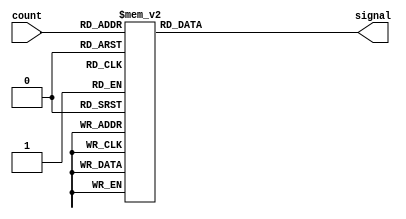
module memory(
  input [7:0] count,
  output reg [23:0] signal 
);

always @(count) begin
  case (count)
    //sacar del py
8'b00000000: signal = 24'b011111010000000010000000;
8'b00000001: signal = 24'b011111110000000010000011;
8'b00000010: signal = 24'b100000010000000010000110;
8'b00000011: signal = 24'b100000110000000010001001;
8'b00000100: signal = 24'b100001010000000010001100;
8'b00000101: signal = 24'b100001110000000010001111;
8'b00000110: signal = 24'b100010010000000010010010;
8'b00000111: signal = 24'b100010110000000010010101;
8'b00001000: signal = 24'b100011010000000010011001;
8'b00001001: signal = 24'b100011110000000010011100;
8'b00001010: signal = 24'b100100010000000010011111;
8'b00001011: signal = 24'b100100110000000010100010;
8'b00001100: signal = 24'b100101010000000010100101;
8'b00001101: signal = 24'b100101110000000010101000;
8'b00001110: signal = 24'b100110010000000010101011;
8'b00001111: signal = 24'b100110110000000010101110;
8'b00010000: signal = 24'b100111010000000010110001;
8'b00010001: signal = 24'b100111110000000010110100;
8'b00010010: signal = 24'b101000010000000010110110;
8'b00010011: signal = 24'b101000110000000010111001;
8'b00010100: signal = 24'b101001010000000010111100;
8'b00010101: signal = 24'b101001100000000010111111;
8'b00010110: signal = 24'b101010000000000011000010;
8'b00010111: signal = 24'b101010100000000011000100;
8'b00011000: signal = 24'b101011000000000011000111;
8'b00011001: signal = 24'b101011100000000011001001;
8'b00011010: signal = 24'b101100000000000011001100;
8'b00011011: signal = 24'b101100100000000011001111;
8'b00011100: signal = 24'b101101000000000011010001;
8'b00011101: signal = 24'b101101100000000011010011;
8'b00011110: signal = 24'b101110000000000011010110;
8'b00011111: signal = 24'b101110100000000011011000;
8'b00100000: signal = 24'b101111000000000011011010;
8'b00100001: signal = 24'b101111100000000011011100;
8'b00100010: signal = 24'b110000000000000011011111;
8'b00100011: signal = 24'b110000100000000011100001;
8'b00100100: signal = 24'b110001000000000011100011;
8'b00100101: signal = 24'b110001100000000011100101;
8'b00100110: signal = 24'b110010000000000011100111;
8'b00100111: signal = 24'b110010100000000011101000;
8'b00101000: signal = 24'b110011000000000011101010;
8'b00101001: signal = 24'b110011100000000011101100;
8'b00101010: signal = 24'b110100000000000011101110;
8'b00101011: signal = 24'b110100010000000011101111;
8'b00101100: signal = 24'b110100110000000011110001;
8'b00101101: signal = 24'b110101010000000011110010;
8'b00101110: signal = 24'b110101110000000011110011;
8'b00101111: signal = 24'b110110010000000011110101;
8'b00110000: signal = 24'b110110110000000011110110;
8'b00110001: signal = 24'b110111010000000011110111;
8'b00110010: signal = 24'b110111110000000011111000;
8'b00110011: signal = 24'b111000010000000011111001;
8'b00110100: signal = 24'b111000110000000011111010;
8'b00110101: signal = 24'b111001010000000011111011;
8'b00110110: signal = 24'b111001110000000011111100;
8'b00110111: signal = 24'b111010010000000011111101;
8'b00111000: signal = 24'b111010110000000011111101;
8'b00111001: signal = 24'b111011010000000011111110;
8'b00111010: signal = 24'b111011110000000011111110;
8'b00111011: signal = 24'b111100010000000011111111;
8'b00111100: signal = 24'b111100110000000011111111;
8'b00111101: signal = 24'b111101010000000011111111;
8'b00111110: signal = 24'b111101110000000011111111;
8'b00111111: signal = 24'b111110010000000011111111;
8'b01000000: signal = 24'b111110010000000011111111;
8'b01000001: signal = 24'b111101110000000011111111;
8'b01000010: signal = 24'b111101010000000011111111;
8'b01000011: signal = 24'b111100110000000011111111;
8'b01000100: signal = 24'b111100010000000011111111;
8'b01000101: signal = 24'b111011110000000011111110;
8'b01000110: signal = 24'b111011010000000011111110;
8'b01000111: signal = 24'b111010110000000011111101;
8'b01001000: signal = 24'b111010010000000011111101;
8'b01001001: signal = 24'b111001110000000011111100;
8'b01001010: signal = 24'b111001010000000011111011;
8'b01001011: signal = 24'b111000110000000011111011;
8'b01001100: signal = 24'b111000010000000011111010;
8'b01001101: signal = 24'b110111110000000011111001;
8'b01001110: signal = 24'b110111010000000011111000;
8'b01001111: signal = 24'b110110110000000011110111;
8'b01010000: signal = 24'b110110010000000011110101;
8'b01010001: signal = 24'b110101110000000011110100;
8'b01010010: signal = 24'b110101010000000011110011;
8'b01010011: signal = 24'b110100110000000011110001;
8'b01010100: signal = 24'b110100010000000011110000;
8'b01010101: signal = 24'b110100000000000011101110;
8'b01010110: signal = 24'b110011100000000011101101;
8'b01010111: signal = 24'b110011000000000011101011;
8'b01011000: signal = 24'b110010100000000011101001;
8'b01011001: signal = 24'b110010000000000011101000;
8'b01011010: signal = 24'b110001100000000011100110;
8'b01011011: signal = 24'b110001000000000011100100;
8'b01011100: signal = 24'b110000100000000011100010;
8'b01011101: signal = 24'b110000000000000011100000;
8'b01011110: signal = 24'b101111100000000011011110;
8'b01011111: signal = 24'b101111000000000011011011;
8'b01100000: signal = 24'b101110100000000011011001;
8'b01100001: signal = 24'b101110000000000011010111;
8'b01100010: signal = 24'b101101100000000011010101;
8'b01100011: signal = 24'b101101000000000011010010;
8'b01100100: signal = 24'b101100100000000011010000;
8'b01100101: signal = 24'b101100000000000011001101;
8'b01100110: signal = 24'b101011100000000011001011;
8'b01100111: signal = 24'b101011000000000011001000;
8'b01101000: signal = 24'b101010100000000011000110;
8'b01101001: signal = 24'b101010000000000011000011;
8'b01101010: signal = 24'b101001100000000011000000;
8'b01101011: signal = 24'b101001010000000010111101;
8'b01101100: signal = 24'b101000110000000010111011;
8'b01101101: signal = 24'b101000010000000010111000;
8'b01101110: signal = 24'b100111110000000010110101;
8'b01101111: signal = 24'b100111010000000010110010;
8'b01110000: signal = 24'b100110110000000010101111;
8'b01110001: signal = 24'b100110010000000010101100;
8'b01110010: signal = 24'b100101110000000010101001;
8'b01110011: signal = 24'b100101010000000010100110;
8'b01110100: signal = 24'b100100110000000010100011;
8'b01110101: signal = 24'b100100010000000010100000;
8'b01110110: signal = 24'b100011110000000010011101;
8'b01110111: signal = 24'b100011010000000010011010;
8'b01111000: signal = 24'b100010110000000010010111;
8'b01111001: signal = 24'b100010010000000010010100;
8'b01111010: signal = 24'b100001110000000010010001;
8'b01111011: signal = 24'b100001010000000010001110;
8'b01111100: signal = 24'b100000110000000010001011;
8'b01111101: signal = 24'b100000010000000010000111;
8'b01111110: signal = 24'b011111110000000010000100;
8'b01111111: signal = 24'b011111010000000010000001;
8'b10000000: signal = 24'b011111001111111101111111;
8'b10000001: signal = 24'b011110101111111101111100;
8'b10000010: signal = 24'b011110001111111101111001;
8'b10000011: signal = 24'b011101101111111101110101;
8'b10000100: signal = 24'b011101001111111101110010;
8'b10000101: signal = 24'b011100101111111101101111;
8'b10000110: signal = 24'b011100001111111101101100;
8'b10000111: signal = 24'b011011101111111101101001;
8'b10001000: signal = 24'b011011001111111101100110;
8'b10001001: signal = 24'b011010101111111101100011;
8'b10001010: signal = 24'b011010001111111101100000;
8'b10001011: signal = 24'b011001101111111101011101;
8'b10001100: signal = 24'b011001001111111101011010;
8'b10001101: signal = 24'b011000101111111101010111;
8'b10001110: signal = 24'b011000001111111101010100;
8'b10001111: signal = 24'b010111101111111101010001;
8'b10010000: signal = 24'b010111001111111101001110;
8'b10010001: signal = 24'b010110101111111101001011;
8'b10010010: signal = 24'b010110001111111101001000;
8'b10010011: signal = 24'b010101101111111101000101;
8'b10010100: signal = 24'b010101001111111101000011;
8'b10010101: signal = 24'b010100111111111101000000;
8'b10010110: signal = 24'b010100011111111100111101;
8'b10010111: signal = 24'b010011111111111100111010;
8'b10011000: signal = 24'b010011011111111100111000;
8'b10011001: signal = 24'b010010111111111100110101;
8'b10011010: signal = 24'b010010011111111100110011;
8'b10011011: signal = 24'b010001111111111100110000;
8'b10011100: signal = 24'b010001011111111100101110;
8'b10011101: signal = 24'b010000111111111100101011;
8'b10011110: signal = 24'b010000011111111100101001;
8'b10011111: signal = 24'b001111111111111100100111;
8'b10100000: signal = 24'b001111011111111100100101;
8'b10100001: signal = 24'b001110111111111100100010;
8'b10100010: signal = 24'b001110011111111100100000;
8'b10100011: signal = 24'b001101111111111100011110;
8'b10100100: signal = 24'b001101011111111100011100;
8'b10100101: signal = 24'b001100111111111100011010;
8'b10100110: signal = 24'b001100011111111100011000;
8'b10100111: signal = 24'b001011111111111100010111;
8'b10101000: signal = 24'b001011011111111100010101;
8'b10101001: signal = 24'b001010111111111100010011;
8'b10101010: signal = 24'b001010011111111100010010;
8'b10101011: signal = 24'b001010001111111100010000;
8'b10101100: signal = 24'b001001101111111100001111;
8'b10101101: signal = 24'b001001001111111100001101;
8'b10101110: signal = 24'b001000101111111100001100;
8'b10101111: signal = 24'b001000001111111100001011;
8'b10110000: signal = 24'b000111101111111100001001;
8'b10110001: signal = 24'b000111001111111100001000;
8'b10110010: signal = 24'b000110101111111100000111;
8'b10110011: signal = 24'b000110001111111100000110;
8'b10110100: signal = 24'b000101101111111100000101;
8'b10110101: signal = 24'b000101001111111100000101;
8'b10110110: signal = 24'b000100101111111100000100;
8'b10110111: signal = 24'b000100001111111100000011;
8'b10111000: signal = 24'b000011101111111100000011;
8'b10111001: signal = 24'b000011001111111100000010;
8'b10111010: signal = 24'b000010101111111100000010;
8'b10111011: signal = 24'b000010001111111100000001;
8'b10111100: signal = 24'b000001101111111100000001;
8'b10111101: signal = 24'b000001001111111100000001;
8'b10111110: signal = 24'b000000101111111100000001;
8'b10111111: signal = 24'b000000001111111100000001;
8'b11000000: signal = 24'b000000001111111100000001;
8'b11000001: signal = 24'b000000101111111100000001;
8'b11000010: signal = 24'b000001001111111100000001;
8'b11000011: signal = 24'b000001101111111100000001;
8'b11000100: signal = 24'b000010001111111100000001;
8'b11000101: signal = 24'b000010101111111100000010;
8'b11000110: signal = 24'b000011001111111100000010;
8'b11000111: signal = 24'b000011101111111100000011;
8'b11001000: signal = 24'b000100001111111100000011;
8'b11001001: signal = 24'b000100101111111100000100;
8'b11001010: signal = 24'b000101001111111100000101;
8'b11001011: signal = 24'b000101101111111100000110;
8'b11001100: signal = 24'b000110001111111100000111;
8'b11001101: signal = 24'b000110101111111100001000;
8'b11001110: signal = 24'b000111001111111100001001;
8'b11001111: signal = 24'b000111101111111100001010;
8'b11010000: signal = 24'b001000001111111100001011;
8'b11010001: signal = 24'b001000101111111100001101;
8'b11010010: signal = 24'b001001001111111100001110;
8'b11010011: signal = 24'b001001101111111100001111;
8'b11010100: signal = 24'b001010001111111100010001;
8'b11010101: signal = 24'b001010011111111100010010;
8'b11010110: signal = 24'b001010111111111100010100;
8'b11010111: signal = 24'b001011011111111100010110;
8'b11011000: signal = 24'b001011111111111100011000;
8'b11011001: signal = 24'b001100011111111100011001;
8'b11011010: signal = 24'b001100111111111100011011;
8'b11011011: signal = 24'b001101011111111100011101;
8'b11011100: signal = 24'b001101111111111100011111;
8'b11011101: signal = 24'b001110011111111100100001;
8'b11011110: signal = 24'b001110111111111100100100;
8'b11011111: signal = 24'b001111011111111100100110;
8'b11100000: signal = 24'b001111111111111100101000;
8'b11100001: signal = 24'b010000011111111100101010;
8'b11100010: signal = 24'b010000111111111100101101;
8'b11100011: signal = 24'b010001011111111100101111;
8'b11100100: signal = 24'b010001111111111100110001;
8'b11100101: signal = 24'b010010011111111100110100;
8'b11100110: signal = 24'b010010111111111100110111;
8'b11100111: signal = 24'b010011011111111100111001;
8'b11101000: signal = 24'b010011111111111100111100;
8'b11101001: signal = 24'b010100011111111100111110;
8'b11101010: signal = 24'b010100111111111101000001;
8'b11101011: signal = 24'b010101001111111101000100;
8'b11101100: signal = 24'b010101101111111101000111;
8'b11101101: signal = 24'b010110001111111101001010;
8'b11101110: signal = 24'b010110101111111101001100;
8'b11101111: signal = 24'b010111001111111101001111;
8'b11110000: signal = 24'b010111101111111101010010;
8'b11110001: signal = 24'b011000001111111101010101;
8'b11110010: signal = 24'b011000101111111101011000;
8'b11110011: signal = 24'b011001001111111101011011;
8'b11110100: signal = 24'b011001101111111101011110;
8'b11110101: signal = 24'b011010001111111101100001;
8'b11110110: signal = 24'b011010101111111101100100;
8'b11110111: signal = 24'b011011001111111101100111;
8'b11111000: signal = 24'b011011101111111101101011;
8'b11111001: signal = 24'b011100001111111101101110;
8'b11111010: signal = 24'b011100101111111101110001;
8'b11111011: signal = 24'b011101001111111101110100;
8'b11111100: signal = 24'b011101101111111101110111;
8'b11111101: signal = 24'b011110001111111101111010;
8'b11111110: signal = 24'b011110101111111101111101;
8'b11111111: signal = 24'b011111001111111110000000;


  endcase
end
endmodule // memory